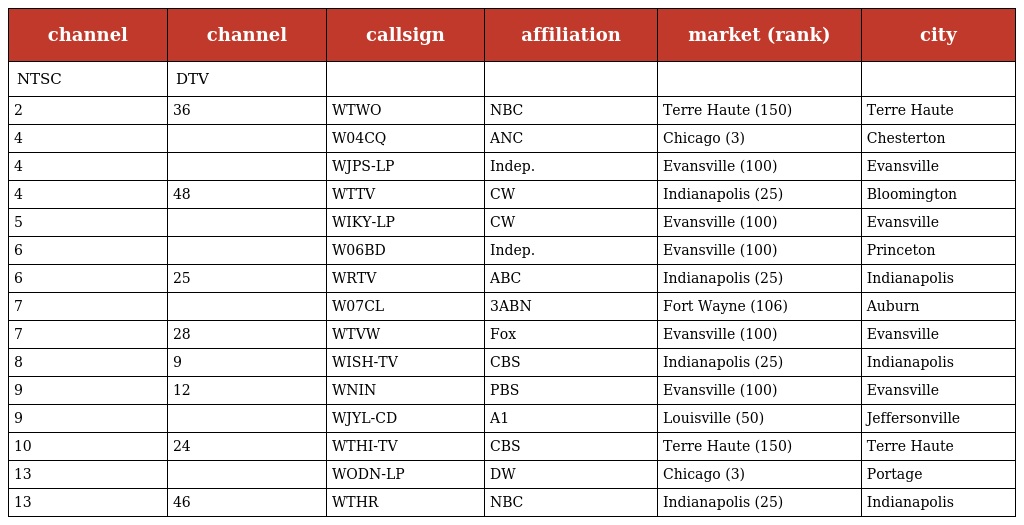
| channel | channel | callsign | affiliation | market (rank) | city |
 | --- | --- | --- | --- | --- | --- |
 | NTSC | DTV |  |  |  |  |
 | 2 | 36 | WTWO | NBC | Terre Haute (150) | Terre Haute |
 | 4 |  | W04CQ | ANC | Chicago (3) | Chesterton |
 | 4 |  | WJPS-LP | Indep. | Evansville (100) | Evansville |
 | 4 | 48 | WTTV | CW | Indianapolis (25) | Bloomington |
 | 5 |  | WIKY-LP | CW | Evansville (100) | Evansville |
 | 6 |  | W06BD | Indep. | Evansville (100) | Princeton |
 | 6 | 25 | WRTV | ABC | Indianapolis (25) | Indianapolis |
 | 7 |  | W07CL | 3ABN | Fort Wayne (106) | Auburn |
 | 7 | 28 | WTVW | Fox | Evansville (100) | Evansville |
 | 8 | 9 | WISH-TV | CBS | Indianapolis (25) | Indianapolis |
 | 9 | 12 | WNIN | PBS | Evansville (100) | Evansville |
 | 9 |  | WJYL-CD | A1 | Louisville (50) | Jeffersonville |
 | 10 | 24 | WTHI-TV | CBS | Terre Haute (150) | Terre Haute |
 | 13 |  | WODN-LP | DW | Chicago (3) | Portage |
 | 13 | 46 | WTHR | NBC | Indianapolis (25) | Indianapolis |